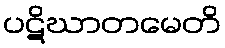
ပဋိဃာတမေတိ